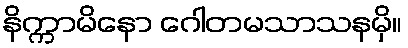
နိက္ကာမိနော ဂေါတမသာသနမှိ။